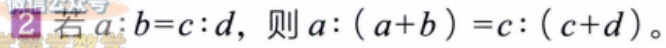
若\(a:b = c:d\)，则\(a:(a + b)=c:(c + d)\)。